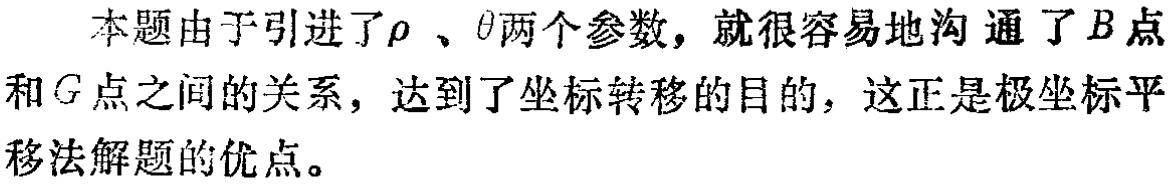
本题由于引进了\(\rho\)、\(\theta\)两个参数，就很容易地沟通了\(B\)点和\(G\)点之间的关系，达到了坐标转移的目的，这正是极坐标平移法解题的优点。